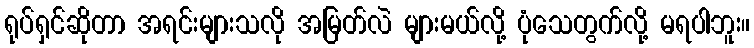
ရုပ်ရှင်ဆိုတာ အရင်းများသလို အမြတ်လဲ များမယ်လို့ ပုံသေတွက်လို့ မရပါဘူး။